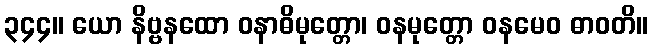
၃၄၄။ ယော နိဗ္ဗနထော ဝနာဓိမုတ္တော၊ ဝနမုတ္တော ဝနမေဝ ဓာဝတိ။